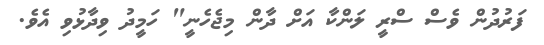
ފަރުދުން ވެސް ސްރީ ލަންކާ އަށް ދާން މިޖެހެނީ" ހަމީދު ވިދާޅުވި އެވެ.